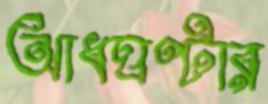
আধঘণ্টার